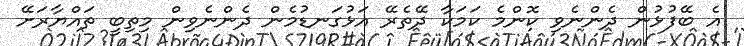
އެ ބޭފުޅުން ދެންނެވި ކޮންމެ ކަމަކާ ދޭތެރޭ އަޅުގަނޑުމެން ދެންނެވިން މިތިބީ ތައްޔާރަށޭ